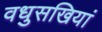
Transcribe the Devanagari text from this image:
वधुसखियां